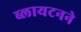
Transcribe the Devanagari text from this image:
ब्लायटनने